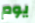
يوم